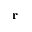
\mathbf { r }